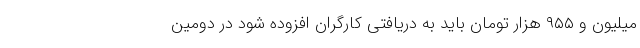
میلیون و ۹۵۵ هزار تومان باید به دریافتی کارگران افزوده شود در دومین